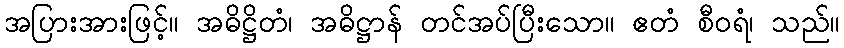
အပြားအားဖြင့်။ အဓိဋ္ဌိတံ၊ အဓိဋ္ဌာန် တင်အပ်ပြီးသော။ ဧတံ စီဝရံ၊ သည်။